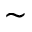
\sim